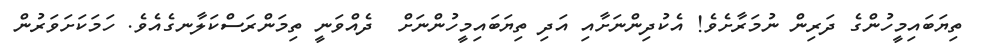
ތިޔަބައިމީހުންގެ ދަރިން ނުމަރާށެވެ! އެކުދިންނަށާއި އަދި ތިޔަބައިމީހުންނަށް  ދެއްވަނީ ތިމަންރަސްކަލާނގެއެވެ. ހަމަކަށަވަރުން